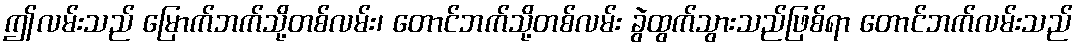
ဤလမ်းသည် မြောက်ဘက်သို့တစ်လမ်း၊ တောင်ဘက်သို့တစ်လမ်း ခွဲထွက်သွားသည်ဖြစ်ရာ တောင်ဘက်လမ်းသည်